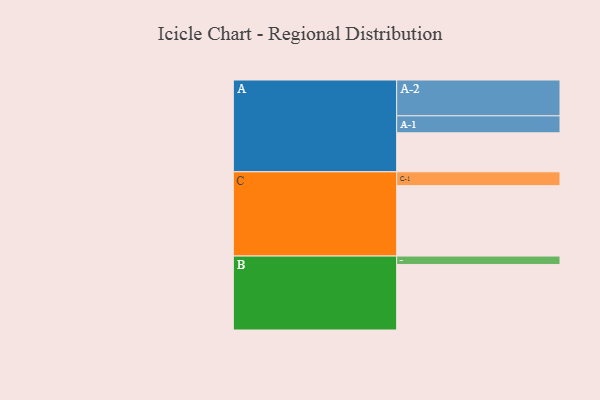
{"axis": {"x": "Segment", "y": "Value"}, "legend": ["", "A", "B", "C"], "data": [{"x": "A", "y": 310, "type": ""}, {"x": "B", "y": 521, "type": ""}, {"x": "C", "y": 560, "type": ""}, {"x": "A-1", "y": 135, "type": "A"}, {"x": "A-2", "y": 285, "type": "A"}, {"x": "B-1", "y": 67, "type": "B"}, {"x": "C-1", "y": 110, "type": "C"}]}